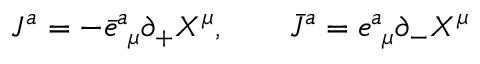
J ^ { a } = - \bar { e } _ { ~ \mu } ^ { a } \partial _ { + } X ^ { \mu } , \qquad \bar { J } ^ { a } = e _ { ~ \mu } ^ { a } \partial _ { - } X ^ { \mu }